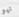
نيو